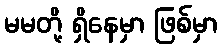
မမတို့ ရှိနေမှာ ဖြစ်မှာ